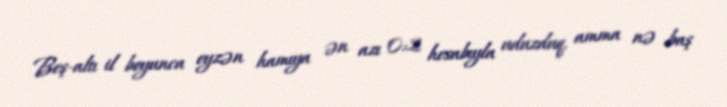
Beş-altı il boyunca eyzən hamıya ən azı 0:2 hesabıyla uduzduq, amma nə baş